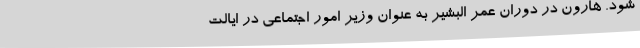
شود. هارون در دوران عمر البشیر به عنوان وزیر امور اجتماعی در ایالت